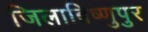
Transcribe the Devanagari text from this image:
जिलाबिष्णुपुर